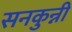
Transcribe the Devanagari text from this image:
सनकुन्नी